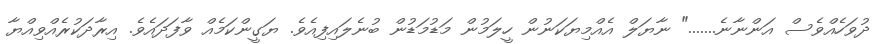
ދުވަހެއްވެސް އަންނާނެ......." ނާޔަލް އެއްމިޔަކަނުން ހީލަމުން މަޑުމަޑުން ބުނެލައިފިއެވެ. ޔަގީންކަމެއް ވާފަދައެވެ. އިރާދަކުރެއްވިއްޔާ